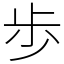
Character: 歩